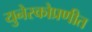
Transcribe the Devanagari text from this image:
युनेस्कोप्रणीत